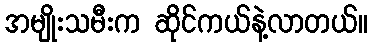
အမျိုးသမီးက ဆိုင်ကယ်နဲ့လာတယ်။